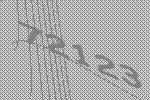
72123